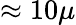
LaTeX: \approx 10\mu